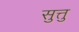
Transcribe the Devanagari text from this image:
सुत्तु